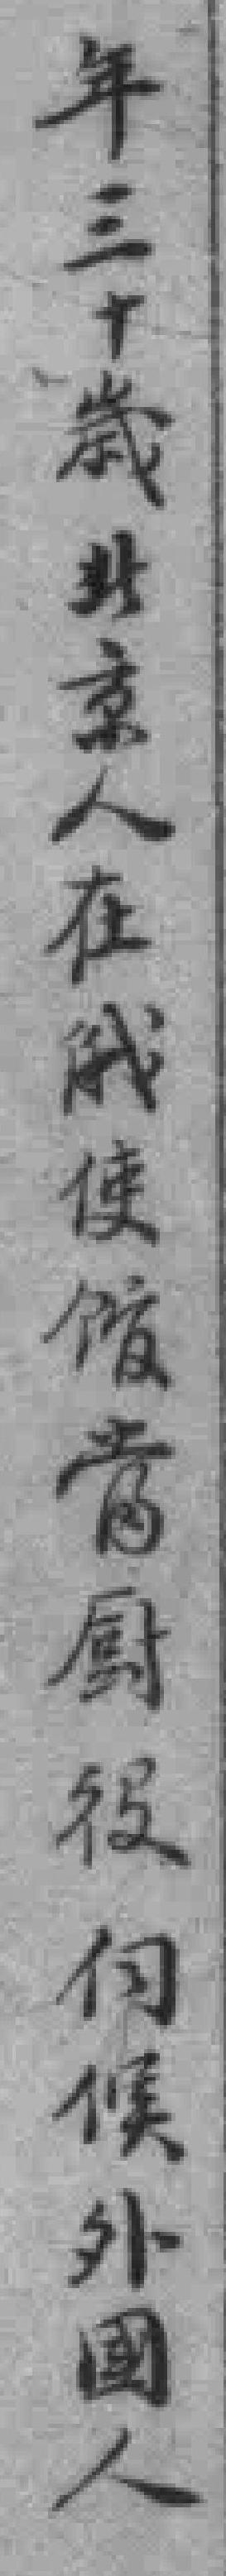
年三十歲北京人在俄使馆當厨役伺候外國人